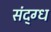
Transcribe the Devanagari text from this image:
संद्ग्ध